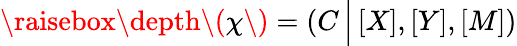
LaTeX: \raisebox{\depth}{\( \chi\) }=\left(C\, \Big|\, [X],[Y],[M]\right)